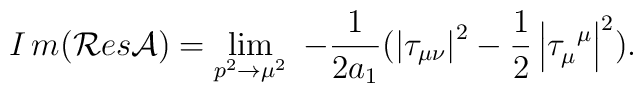
I\,m({\cal R}es{\cal A})=\lim_{p^2\rightarrow \mu ^2}{\ -\frac1{2a_1}(\left| \tau _{\mu \nu }\right| ^2-\frac 12\left| \tau _\mu^{\,\,\,\mu }\right| ^2).}